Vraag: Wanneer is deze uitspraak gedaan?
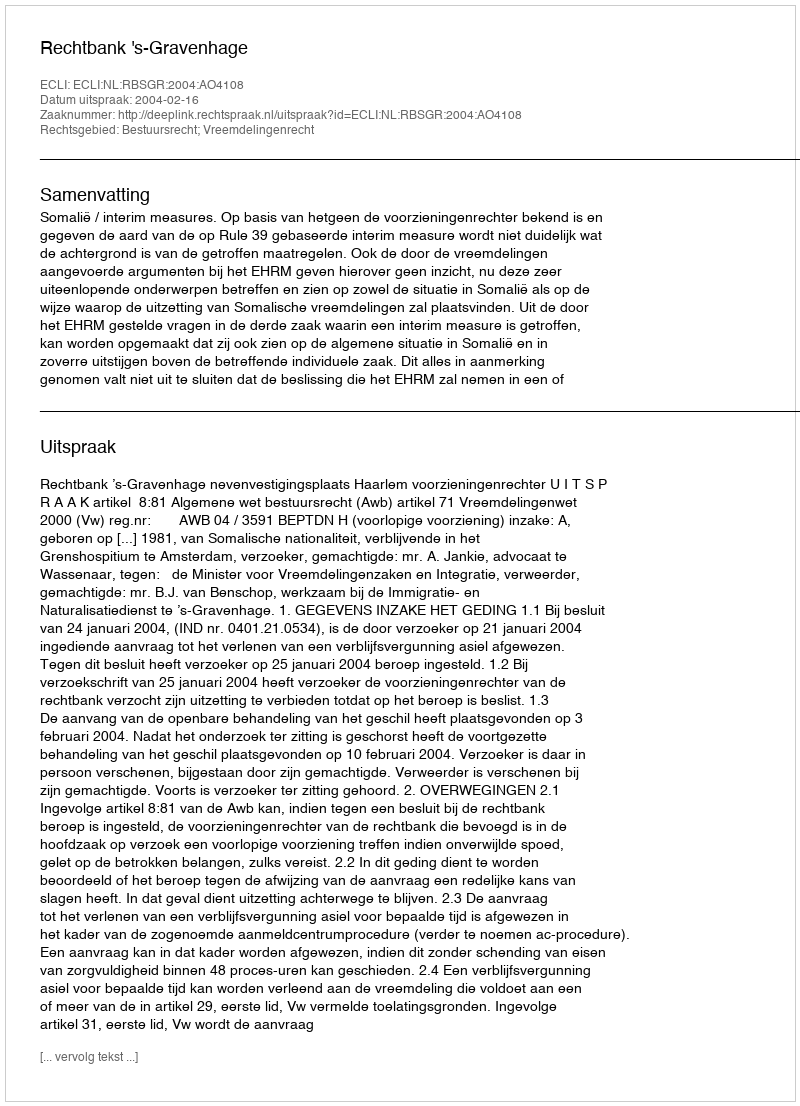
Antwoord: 2004-02-16